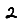
Digit: 2